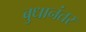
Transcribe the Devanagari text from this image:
बुधानंतर